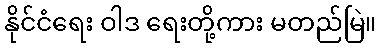
နိုင်ငံရေး ဝါဒ ရေးတို့ကား မတည်မြဲ။